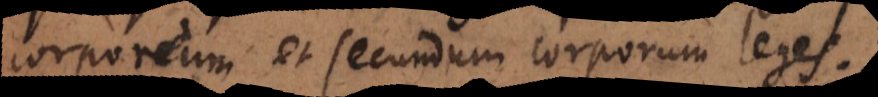
corporeum et secundum corporum leges.